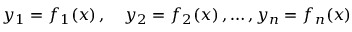
y _ { 1 } = f _ { 1 } ( x ) \, , \quad y _ { 2 } = f _ { 2 } ( x ) \, , \ldots , y _ { n } = f _ { n } ( x )